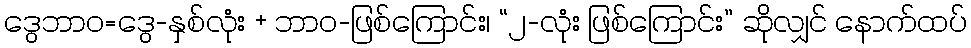
ဒွေဘာဝ=ဒွေ-နှစ်လုံး + ဘာဝ-ဖြစ်ကြောင်း၊ “၂-လုံး ဖြစ်ကြောင်း” ဆိုလျှင် နောက်ထပ်